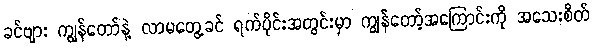
ခင်ဗျား ကျွန်တော်နဲ့ လာမတွေ့ခင် ရက်ပိုင်းအတွင်းမှာ ကျွန်တော့်အကြောင်းကို အသေးစိတ်